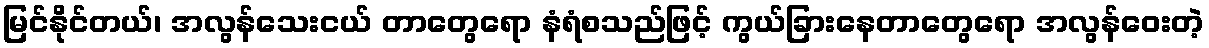
မြင်နိုင်တယ်၊ အလွန်သေးငယ် တာတွေရော နံရံစသည်ဖြင့် ကွယ်ခြားနေတာတွေရော အလွန်ဝေးတဲ့